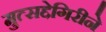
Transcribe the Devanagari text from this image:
मुत्सद्देगिरीने